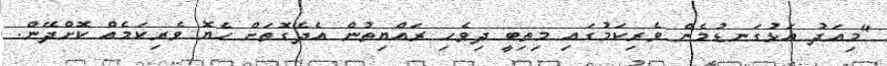
"މިއަދު އަޅުގަނޑުމެން ވެރިކަމުގައި މިތިބީ ދިވެހި ރައްޔިތުން އެދޭގޮތަށް ހެޔޮ ވެރިކަމެއް ކޮށްދޭން.